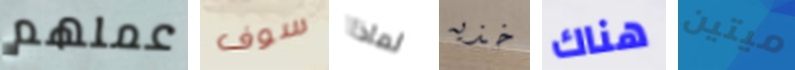
عملهم سوف لماذا خذيه هناك ميتين